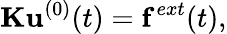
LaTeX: {\mathbf{\mathbf{\mathbf{K}}}}{\mathbf{\mathbf{\mathbf{u}}}}^{(0)}(t)={\mathbf{\mathbf{\mathbf{f}}}}^{ext}(t),